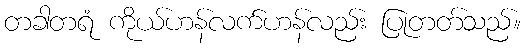
တခါတရံ ကိုယ်ဟန်လက်ဟန်လည်း ပြုတတ်သည်။